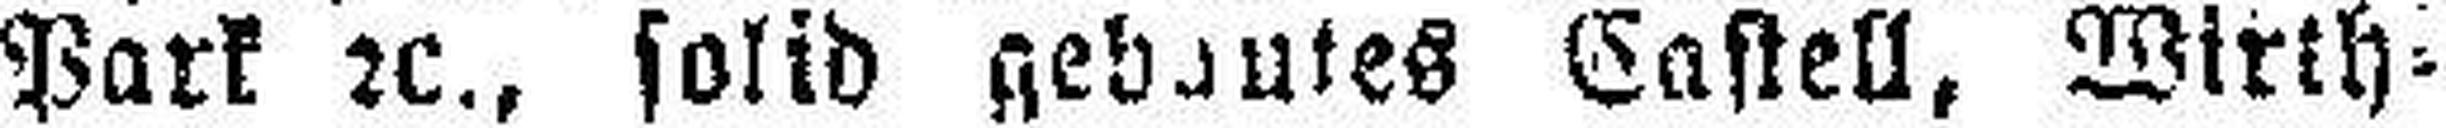
Park 2c., solid gebautes Castell, Wirth¬